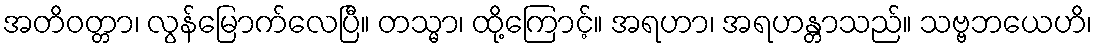
အတိဝတ္တာ၊ လွန်မြောက်လေပြီ။ တသ္မာ၊ ထို့ကြောင့်။ အရဟာ၊ အရဟန္တာသည်။ သဗ္ဗဘယေဟိ၊